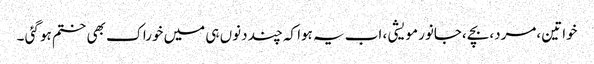
خواتین ،مرد،بچے ،جانور مویشی ، اب یہ ہوا کہ چند دنوں ہی میں خوراک بھی ختم ہو گئی ۔